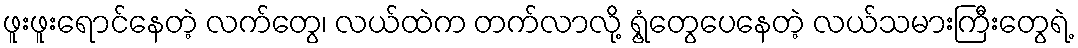
ဖူးဖူးရောင်နေတဲ့ လက်တွေ၊ လယ်ထဲက တက်လာလို့ ရွံ့တွေပေနေတဲ့ လယ်သမားကြီးတွေရဲ့